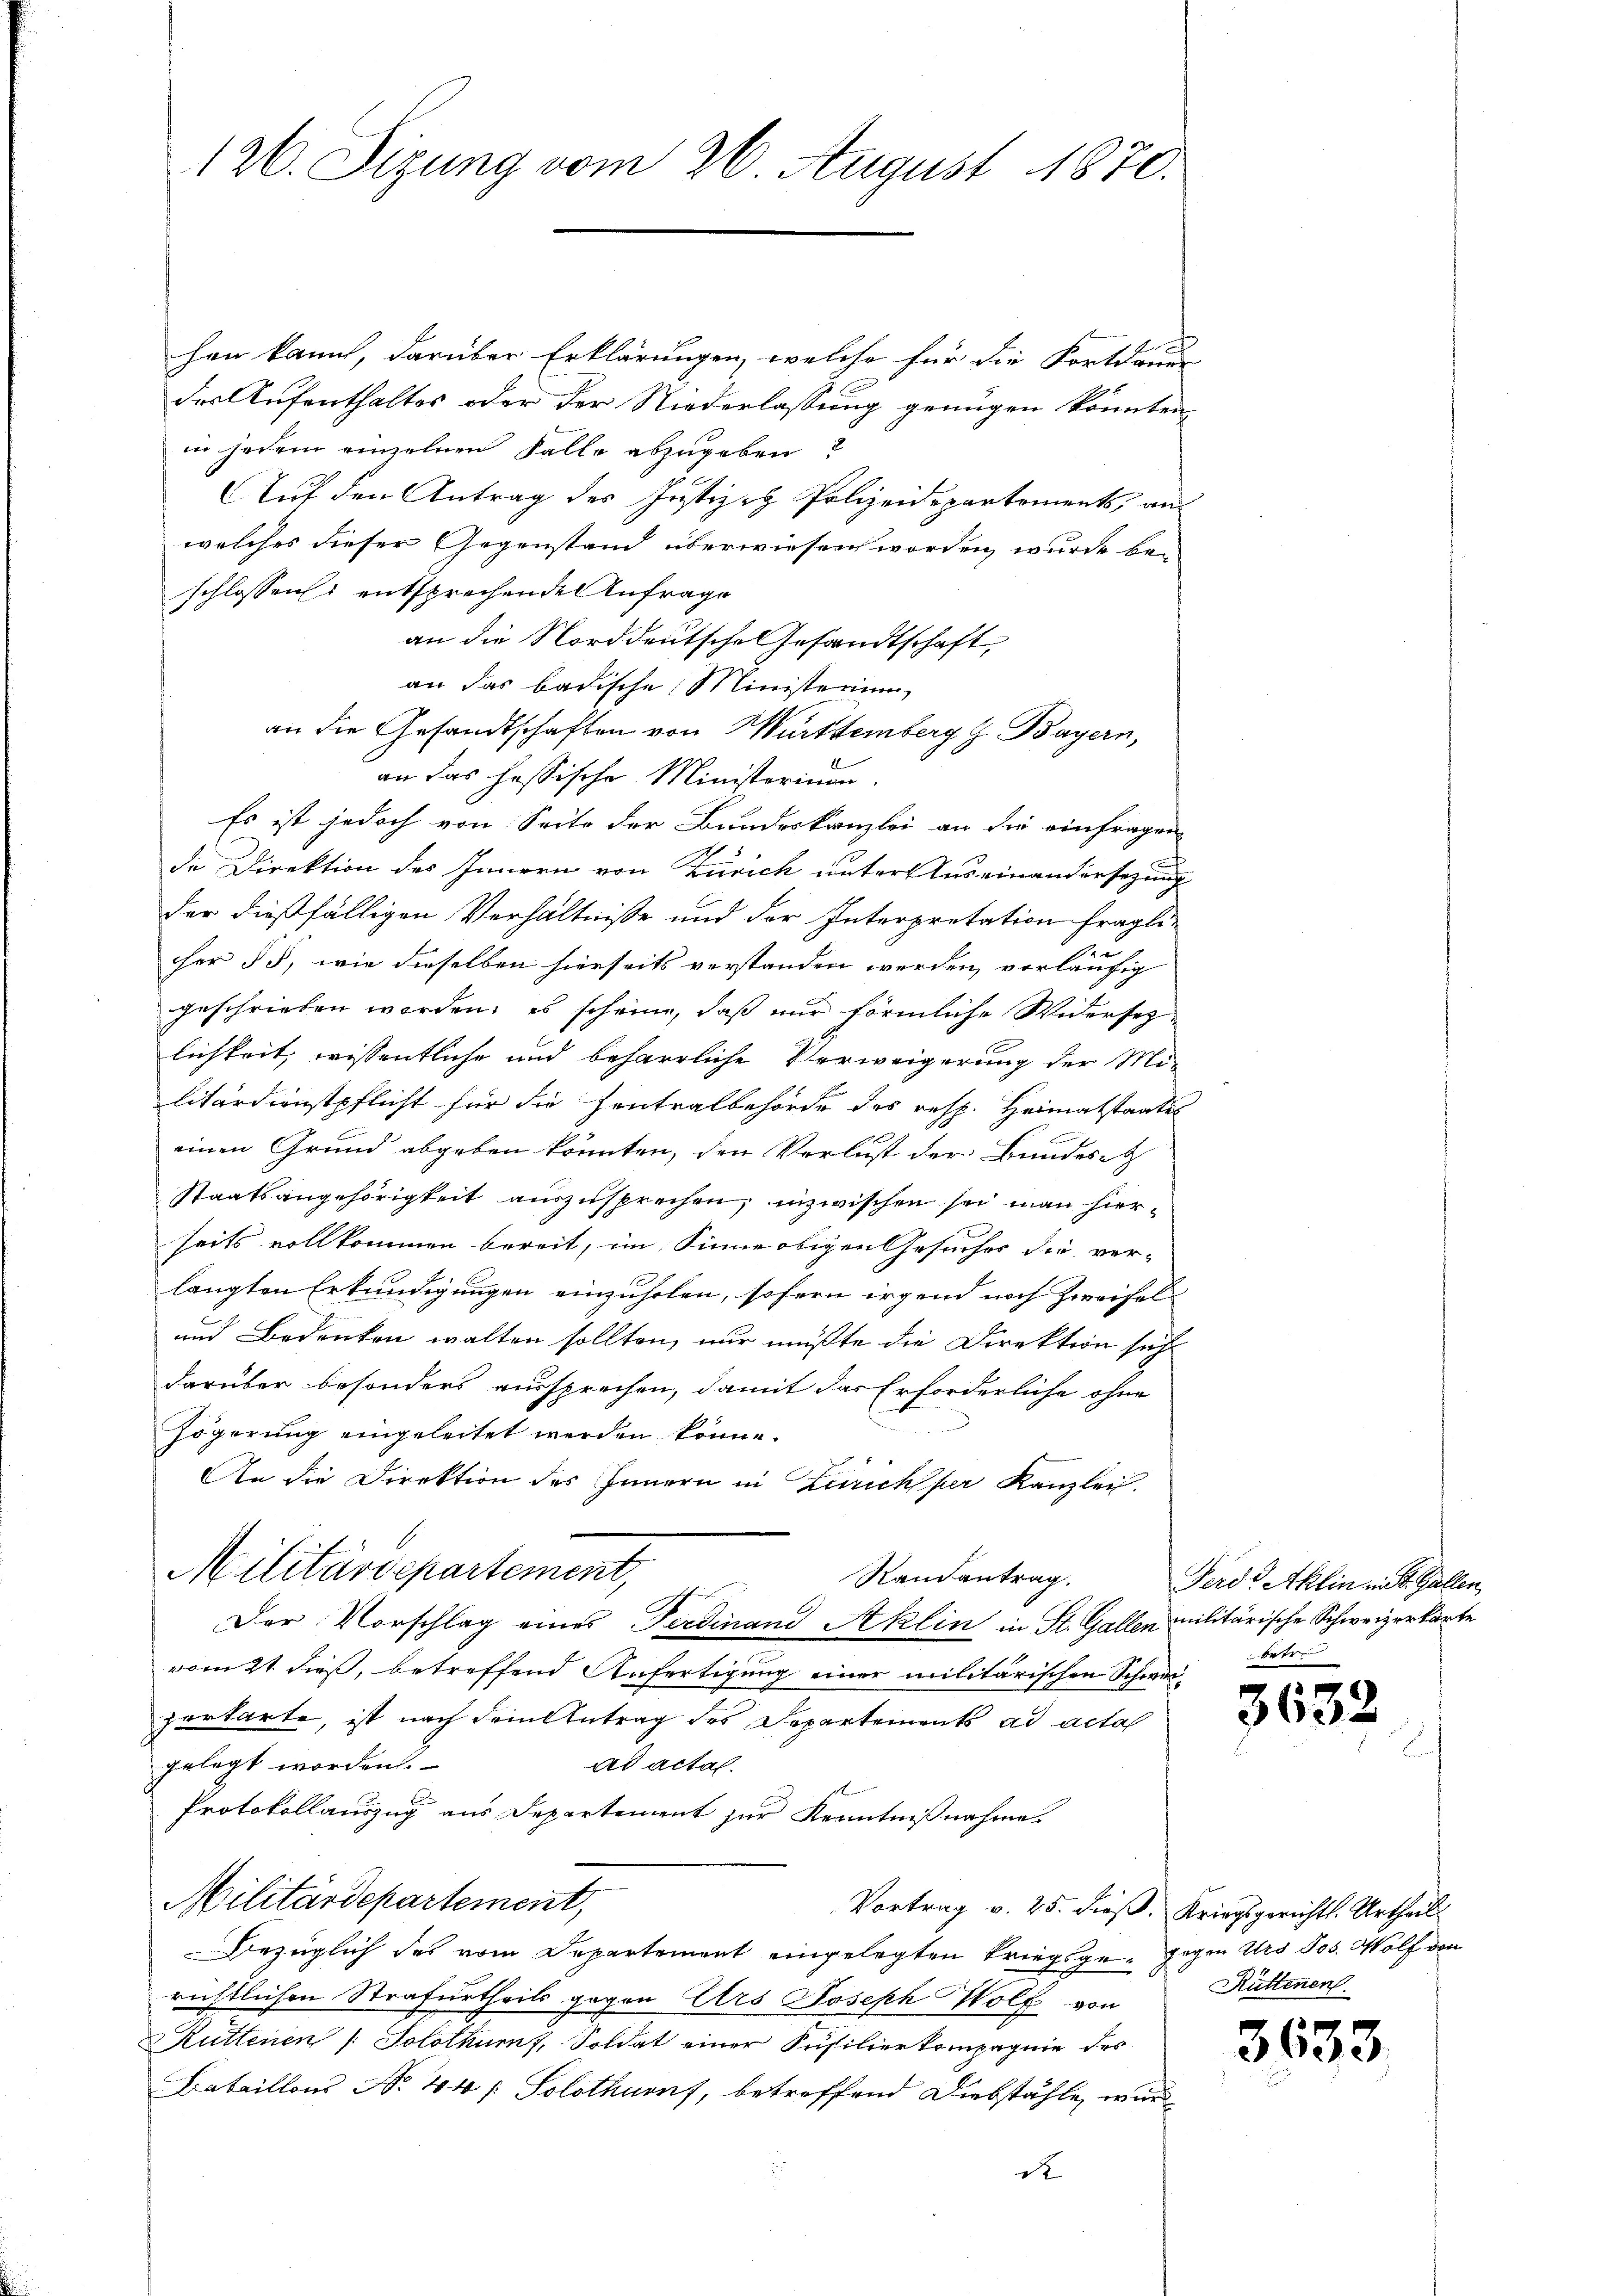
126. Sizung vom 26. August 1870.

hen kannt, darüber Erklärungen, welche für die Fortdauer
der Aufenthaltes oder der Niederlassung genügen könnten,
in jedem einzelnen Falle abzugeben?
Auf den Antrag des Justiz- Polizeidepartements, an
welches dieser Gegenstand überwiesen worden, wurde beschlossen entsprechenden Anfrage
an die Norddeutsche Gesandtschaft,
an das badische Ministerium,
an die Gesandtschaften von Württemberg z. Bayern,
an das hassische Ministerium.
Es ist jedoch von Seite der Bundeskanzlei an die einfragen
de Direktion des Innern von Zürich unter Auseinandersezung
der dießfälligen Verhältnisse und der Interpretation fraglicher § 5, wie dieselben hierseits verstanden werden, vorläufig
geschrieben werden; es scheine, daß nur förmliche Widerset-
lichkeit, wissentliche und beharrliche Verweigerung der Militärdienstpflicht für die Contralbehörde des resp. Heimatstaates
einen Grund abgeben könnten, den Verlust der Bundest
Staatsangehörigkeit auszusprechen, inzwischen sei man hierseits vollkommen bereit, im Sinne obigen Gesuches die ver-
langten Erkundigungen einzuholen, sofern irgend noch Zweifel¬
und Bedenken walten sollten, nur müßte die Direktion sich
darüber besonders aussprechen, damit das Erforderliche ohne
Zögerung eingeleitet werden könne.
An die Direktion des Innern in Zürich per Kanzlei.
Militärdepartement,
Randantrag.
Der Vorschlag eines Ferdinand Aklin in St. Gallen militärische Schweizerkarte
vom 21. dieß, betreffend Anfertigung einer militärischen Schwei-
zerkarte, ist nach dem Antrag des Departements ad acta
gelegt worden.
ad actal.
Protokollauszug aus Departement zur Kenntnißnahme.
Militärdepartement,
Vortrag v. 25. dieß. Kriegsgerichts. Urtheil
Bezüglich des vom Departement eingelegten Kriegsge- gegen Urs Jos. Wolf den
richtlichen Strafurtheils gegen Urs Joseph Wolf von
Rüttenen /: Solothurn, Soldat einer Susilierkompagnie des
Bataillons No 44 /: Solothurn, betreffend Diebstähle, wurd
d

Ferd: Aklin mit. Gallen,
bahren

3632

Rüttenen

3633.